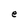
Character: e